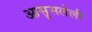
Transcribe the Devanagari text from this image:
आसुसलेली